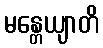
မန္တေယျာတိ